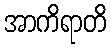
အာကိရာတိ